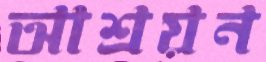
আশ্রয়ন